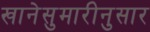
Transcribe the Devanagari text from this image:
खानेसुमारीनुसार